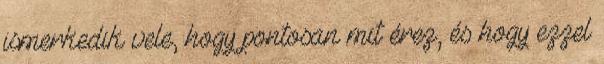
ismerkedik vele, hogy pontosan mit érez, és hogy ezzel